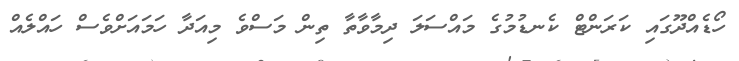
ހޯޑެއްދޫގައި ކަރަންޓް ކެނޑުމުގެ މައްސަލަ ދިމާވާތާ ތިން މަސްވެ މިއަދާ ހަމައަށްވެސް ހައްލެއް